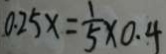
0 . 2 5 x = \frac { 1 } { 5 } \times 0 . 4